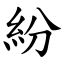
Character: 紛